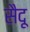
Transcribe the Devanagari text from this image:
सैदू